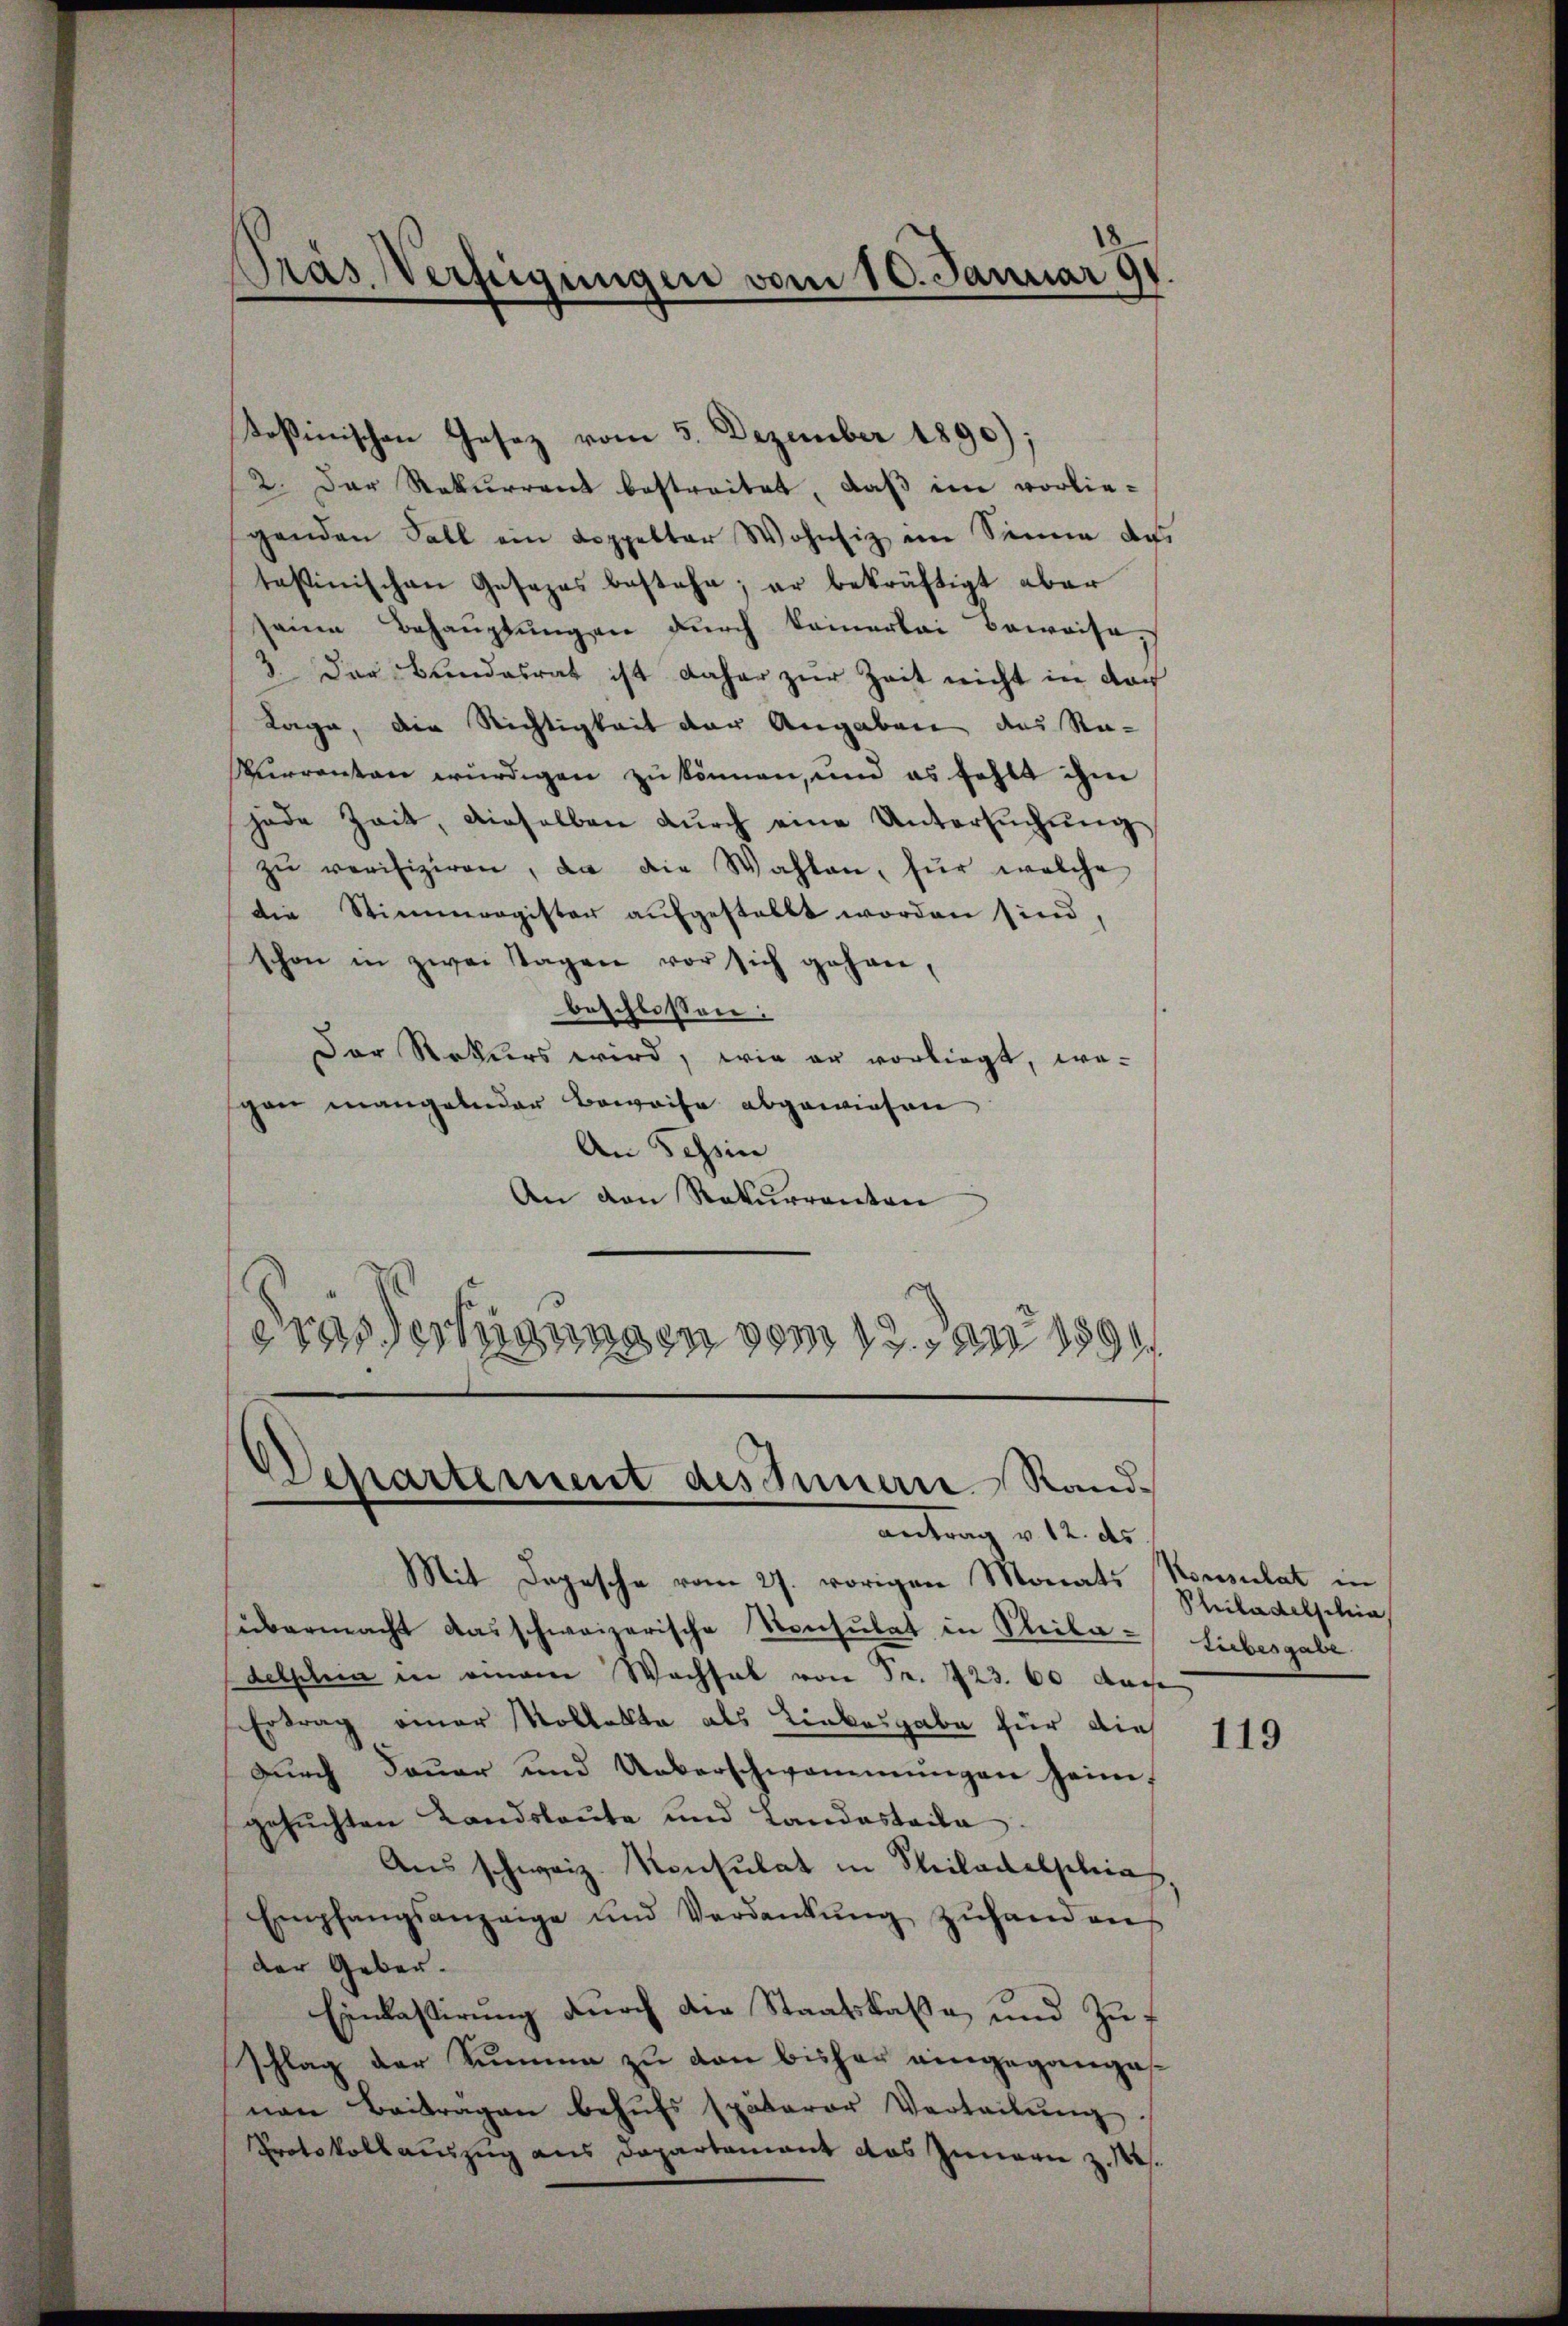
oßinischen Gesetz vom 5. Dezember 1890);
2. Der Rekurrent bestreitet, daß im vorliegenden Fall ein Koppelter Wohnsiz im Sinne des
tastinischen Gesezes bestehe; er bekräftigt aber
seinen Behauptungen durch keinerlei Beweise
3. Der Bundesrat ist daher zur Zeit nicht in dor
Tage, die Richtigkeit der Angaben des Re-
Wurrenten würdigen zu können, und es fehlt ihm
jade Zeit, dieselben durch eine Untersuchung
zŭ verifiziren, da die Wahlen, für welche
die Stimmregister aufgestellt worden sind,
schon in zwei Tagen vor sich gehanbeschlossen:
Der Rekurs wird, wie er vorliegt, wo-
gan mangelnder Beweise abgewiesen
An Schin
An den Rekurrenten
dres Verfügungen vom 12. Juni 1890

Pras Verfügungen vom 10. Januar 191

Departement des Innern Randantrag v. 12. ds

Mit Depesche vom 27. vorigen Monats Konsulat in
sübermacht das schweizerische Konsulat in Phila- Liebesgabe
delphia in einem Wachsal von Fr. 723. 60 auche
Ertrag einer Kollekte als Linkesgabe für die
Dŭrch daŭer und Ueberschwammŭngen heim,
gesuchten Landsleute und Landastaila
Aus schweiz. Konsulat in Philadelphia
Empfangsanzeige und Verdankŭng zŭhanden
der Geber-
Einlassirung durch die Staatskaßa, und Zuschlag der Summe zu von bisher eingegangesnen Beitragen behŭfs späterer Verteilŭng.
Protokollauszug aus Departement das Innern z. 1.

Philadelschie

119